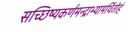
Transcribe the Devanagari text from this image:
सच्छिष्यकर्णमन्द्राभ्यामर्थितोहं